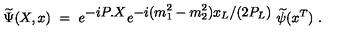
\widetilde \Psi ( X , x ) \ = \ e ^ { { \displaystyle - i P . X } } e ^ { { \displaystyle - i ( m _ { 1 } ^ { 2 } - m _ { 2 } ^ { 2 } ) x _ { L } / ( 2 P _ { L } ) } } \ \widetilde \psi ( x ^ { T } ) \ .